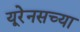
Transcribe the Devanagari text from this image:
यूरेनसच्या